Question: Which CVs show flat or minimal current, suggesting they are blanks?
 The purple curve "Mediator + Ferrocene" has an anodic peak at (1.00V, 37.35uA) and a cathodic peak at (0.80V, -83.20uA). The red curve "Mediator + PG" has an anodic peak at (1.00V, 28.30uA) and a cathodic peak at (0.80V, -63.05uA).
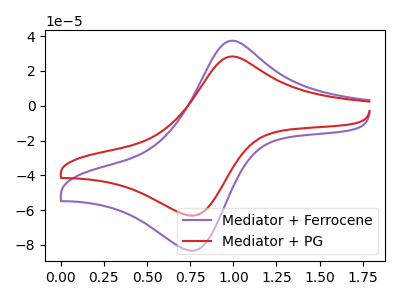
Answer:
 <answer>There are not any CV's on this graph that are likely to be blanks.</answer>
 <eval>none</eval>